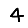
Digit: 4